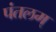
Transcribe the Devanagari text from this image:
पंतलम्